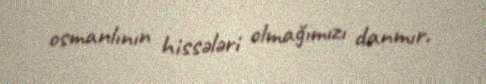
osmanlının hissələri olmağımızı danmır.